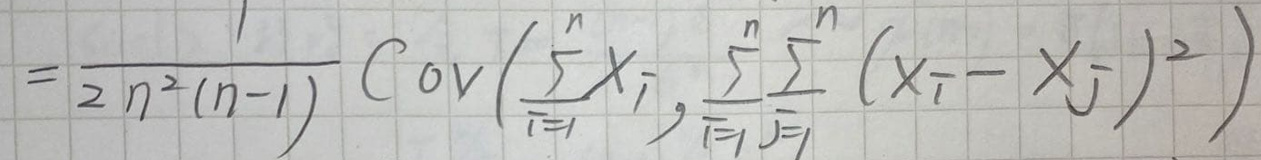
\[
=\frac{1}{2n^2(n - 1)}\mathrm{Cov}\left(\sum_{i = 1}^{n}X_{i},\sum_{i = 1}^{n}\sum_{j = 1}^{n}(X_{i}-X_{j})^2\right)
\]